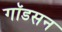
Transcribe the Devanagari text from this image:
गॉडसन